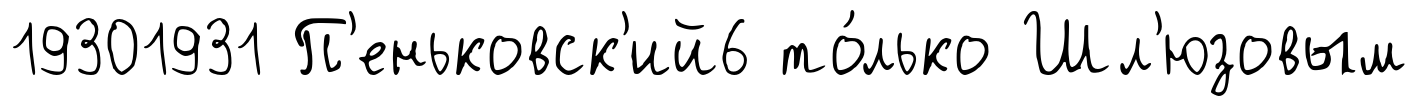
19301931 П'еньковск'ий6 то́лько Шл'юзовым